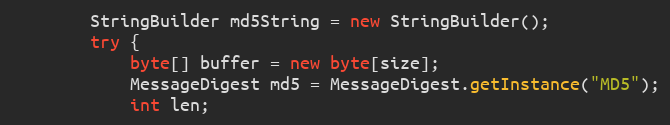
Language: Java
        StringBuilder md5String = new StringBuilder();
        try {
            byte[] buffer = new byte[size];
            MessageDigest md5 = MessageDigest.getInstance("MD5");
            int len;